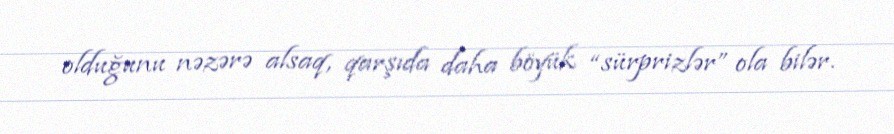
olduğunu nəzərə alsaq, qarşıda daha böyük “sürprizlər” ola bilər.